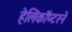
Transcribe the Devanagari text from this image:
हेलिकॉप्टरने